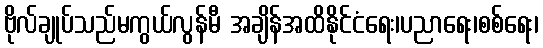
ဗိုလ်ချုပ်သည်မကွယ်လွန်မီ အချိန်အထိနိုင်ငံရေး၊ပညာရေး၊စစ်ရေး၊